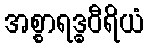
အစ္စာရဒ္ဓဝီရိယံ